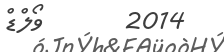
2014       ވޯލްޑް